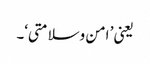
یعنی ’ امن وسلامتی‘۔